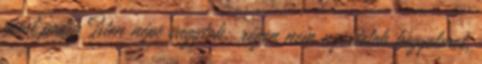
most pedig Isten népe vagytok; régen nem nyertetek kegyelmet,